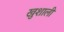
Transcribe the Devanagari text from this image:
खुशाली